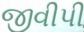
જીવીપી